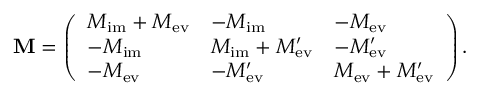
\mathbf { M } = \left( \begin{array} { l l l } { M _ { \mathrm { i m } } + M _ { \mathrm { e v } } } & { - M _ { \mathrm { i m } } } & { - M _ { \mathrm { e v } } } \\ { - M _ { \mathrm { i m } } } & { M _ { \mathrm { i m } } + M _ { \mathrm { e v } } ^ { \prime } } & { - M _ { \mathrm { e v } } ^ { \prime } } \\ { - M _ { \mathrm { e v } } } & { - M _ { \mathrm { e v } } ^ { \prime } } & { M _ { \mathrm { e v } } + M _ { \mathrm { e v } } ^ { \prime } } \end{array} \right) .